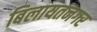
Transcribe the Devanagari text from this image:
बिलायतनगर